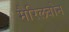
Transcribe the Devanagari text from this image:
मैरिलबोन